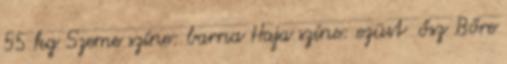
55 kg Szeme színe: barna Haja színe: ezüst ősz Bőre